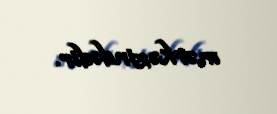
mərkəzindədir.